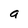
Character: a